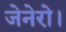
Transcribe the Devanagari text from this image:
जेनेरो।